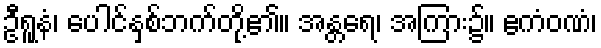
ဦရူနံ၊ ပေါင်နှစ်ဘက်တို့၏။ အန္တရေ၊ အကြား၌။ ဧကံဝဏံ၊